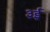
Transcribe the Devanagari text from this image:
३ई